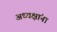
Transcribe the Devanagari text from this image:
अध्यक्षांना